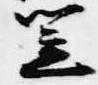
笠